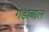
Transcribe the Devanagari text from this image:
गडाबद्दल